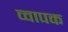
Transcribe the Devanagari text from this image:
व्वापक